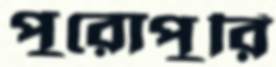
পুরোপুরি